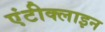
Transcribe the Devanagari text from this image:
एंटीक्लाइन